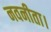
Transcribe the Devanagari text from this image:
नवनीता।